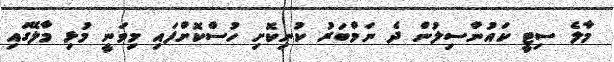
މާލެ ސިޓީ ކައުންސިލުން ދެ ނަމްބަރު ކުނިކޮށި ހުސްކޮށްފައި މިވަނީ މުޅި މާލޭގައި